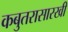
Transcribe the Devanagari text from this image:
कबुतरासारखी